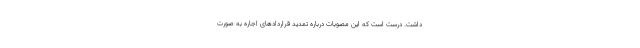
داشت. درست است که این مصوبات درباره تمدید قراردادهای اجاره به صورت